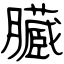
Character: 臓